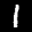
Label: 1